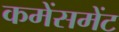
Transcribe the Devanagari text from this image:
कमेंसमेंट